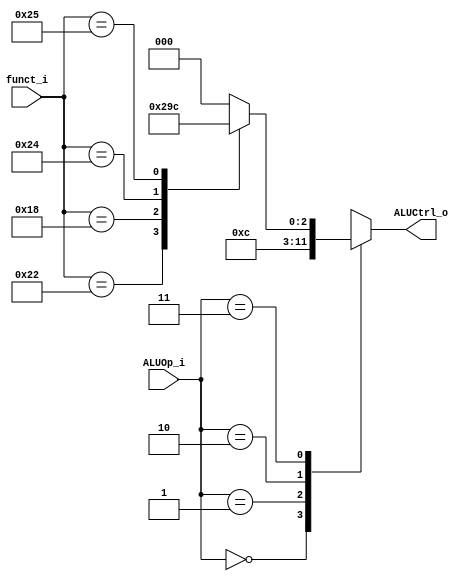
module ALU_Control (funct_i, ALUOp_i, ALUCtrl_o);

input [5:0] funct_i;
input [1:0] ALUOp_i;
output [2:0] ALUCtrl_o;
reg [2:0] ALUCtrl_o;

always @ ( * ) begin
  case( ALUOp_i )
    2'b00: begin //add
      ALUCtrl_o = 3'b000;
    end
    2'b01: begin // sub
      ALUCtrl_o = 3'b001;
    end
    2'b10: begin // or
      ALUCtrl_o = 3'b100;
    end
    2'b11: begin
      case (funct_i)
        6'b100000: ALUCtrl_o = 3'b000;  //add
        6'b100010: ALUCtrl_o = 3'b001;  //sub
        6'b011000: ALUCtrl_o = 3'b010;  //mul
        6'b100100: ALUCtrl_o = 3'b011;  //and
        6'b100101: ALUCtrl_o = 3'b100;  //or
        default:   ALUCtrl_o = 3'b000;  //x
      endcase
    end
    default:;
  endcase
end

endmodule